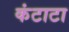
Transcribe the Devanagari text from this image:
कंटाटा